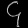
Digit: ၄